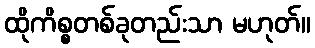
ထိုကိစ္စတစ်ခုတည်းသာ မဟုတ်။